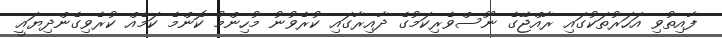
ފާއިތުވި އަހަރުތަކުގައި ރާއްޖޭގެ ނޫސްވެރިކަމުގެ ދާއިރާގައި ކުރެވުނު މުހިންމު ކޮންމެ ކަމެއް ކުރެވިގެންދިޔައީ